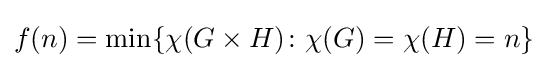
f(n)=\min\{\chi (G\times H)\colon \chi (G)=\chi (H)=n\}